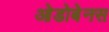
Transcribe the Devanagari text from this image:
ओडोबेनस